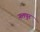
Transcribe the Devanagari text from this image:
नलपुर